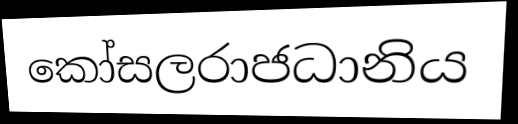
කෝසලරාජධානිය